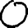
Digit: 0